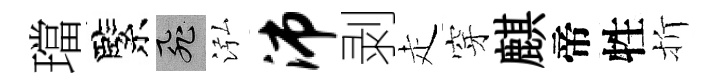
璫緊飛泓沛剥走穿麒帝牲折